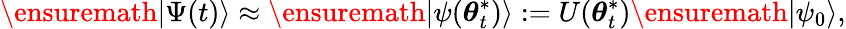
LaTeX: \ensuremath{\lvert{\Psi(t)}\rangle}\approx\ensuremath{\lvert{\psi({\boldsymbol{\theta}}_{t}^{*})}\rangle}:=U({\boldsymbol{\theta}}_{t}^{*})\ensuremath{\lvert{\psi_{0}}\rangle},